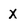
Character: X